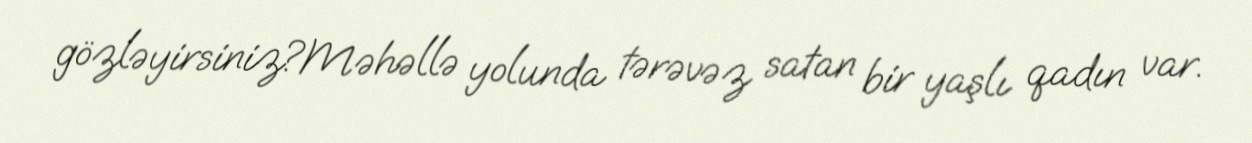
gözləyirsiniz?Məhəllə yolunda tərəvəz satan bir yaşlı qadın var.